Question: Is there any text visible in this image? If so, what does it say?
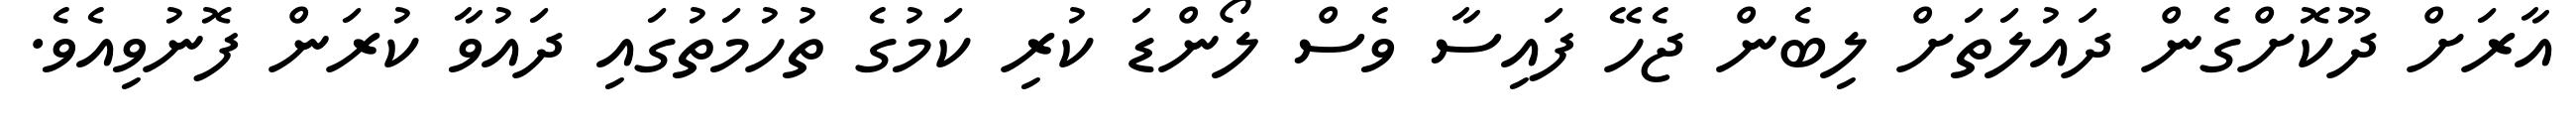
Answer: އާރަށް ދޫކޮށްގެން ދައުލަތަށް ލިބެން ޖެހޭ ފައިސާ ވެސް ލޯންޑަ ކުރި ކަމުގެ ތުހުމަތުގައި ދައުވާ ކުރަން ފޮނުވިއެވެ.